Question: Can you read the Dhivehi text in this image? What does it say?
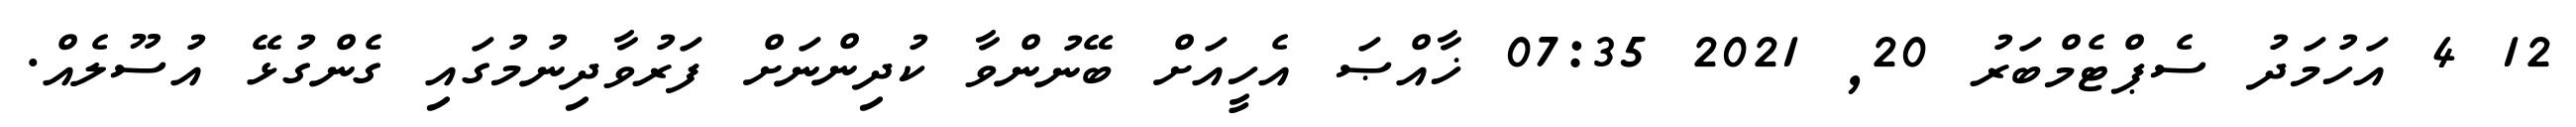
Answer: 12 4 އަހުމަދު ސެޕްޓެމްބަރު 20, 2021 07:35 ޚާއްޞަ އެހީއަށް ބޭނުންވާ ކުދިންނަށް ފަރުވާދިނުމުގައި ގެންގުޅޭ އުސޫލެއް.